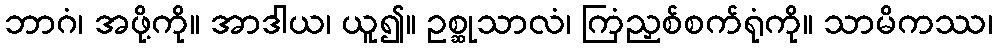
ဘာဂံ၊ အဖို့ကို။ အာဒါယ၊ ယူ၍။ ဥစ္ဆုသာလံ၊ ကြံညှစ်စက်ရုံကို။ သာမိကဿ၊